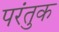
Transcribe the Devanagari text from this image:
परंतुक